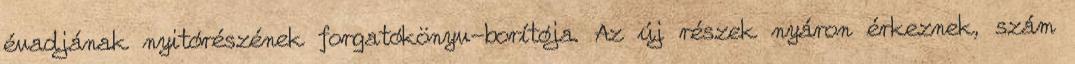
évadjának nyitórészének forgatókönyv-borítója. Az új részek nyáron érkeznek, szám